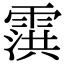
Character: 霟